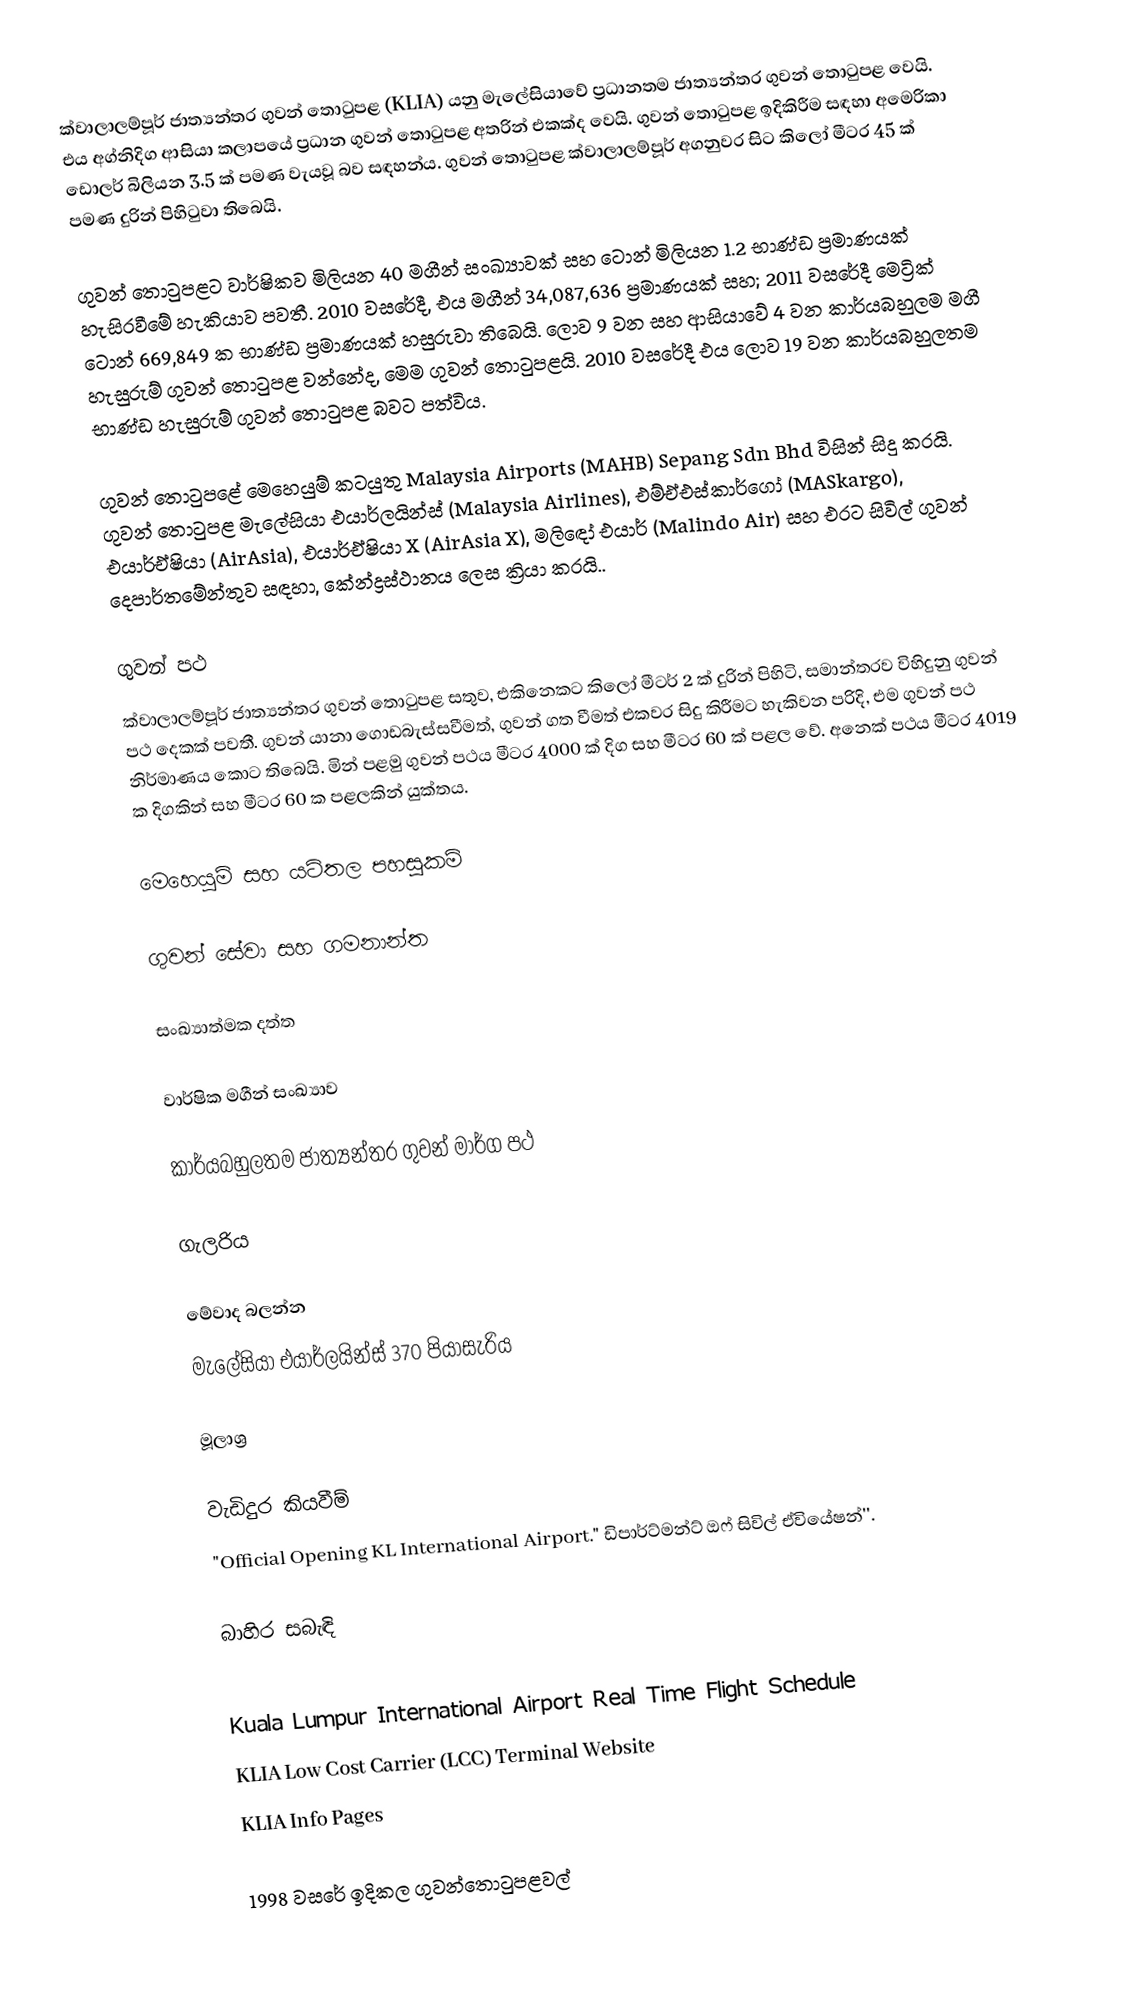
ක්වාලාලම්පූර් ජාත්‍යන්තර ගුවන් තොටුපළ (KLIA) යනු මැලේසියාවේ ප්‍රධානතම ජාත්‍යන්තර ගුවන් තොටුපළ වෙයි. එය අග්නිදිග ආසියා කලාපයේ ප්‍රධාන ගුවන් තොටුපළ අතරින් එකක්ද වෙයි. ගුවන් තොටුපළ ඉදිකිරීම සඳහා අමෙරිකා ඩොලර් බිලියන 3.5 ක් පමණ වැයවූ බව සඳහන්ය. ගුවන් තොටුපළ ක්වාලාලම්පූර් අගනුවර සිට කිලෝ මීටර 45 ක් පමණ දුරින් පිහිටුවා තිබෙයි.

ගුවන් තොටුපළට වාර්ෂිකව මිලියන 40 මගීන් සංඛ්‍යාවක් සහ ටොන් මිලියන 1.2 භාණ්ඩ ප්‍රමාණයක් හැසිරවීමේ හැකියාව පවතී. 2010 වසරේදී, එය මගීන් 34,087,636 ප්‍රමාණයක් සහ; 2011 වසරේදී මෙට්‍රික් ටොන් 669,849 ක භාණ්ඩ ප්‍රමාණයක් හසුරුවා තිබෙයි. ලොව 9 වන සහ ආසියාවේ 4 වන කාර්යබහුලම මගී හැසුරුම් ගුවන් තොටුපළ වන්නේද, මෙම ගුවන් තොටුපළයි. 2010 වසරේදී එය ලොව 19 වන කාර්යබහුලතම භාණ්ඩ හැසුරුම් ගුවන් තොටුපළ බවට පත්විය.

ගුවන් තොටුපළේ මෙහෙයුම් කටයුතු Malaysia Airports (MAHB) Sepang Sdn Bhd විසින් සිදු කරයි. ගුවන් තොටුපළ මැලේසියා එයාර්ලයින්ස් (Malaysia Airlines), එම්ඒඑස්කාර්ගෝ (MASkargo), එයාර්ඒෂියා (AirAsia), එයාර්ඒෂියා X (AirAsia X), මලිඳෝ එයාර් (Malindo Air) සහ එරට සිවිල් ගුවන් දෙපාර්තමේන්තුව සඳහා, කේන්ද්‍රස්ථානය ලෙස ක්‍රියා කරයි..

ගුවන් පථ
ක්වාලාලම්පූර් ජාත්‍යන්තර ගුවන් තොටුපළ සතුව, එකිනෙකට කිලෝ මීටර් 2 ක් දුරින් පිහිටි, සමාන්තරව විහිදුනු ගුවන් පථ දෙකක් පවතී. ගුවන් යානා ගොඩබැස්සවීමත්, ගුවන් ගත වීමත් එකවර සිදු කිරීමට හැකිවන පරිදි, එම ගුවන් පථ නිර්මාණය කොට තිබෙයි. මින් පළමු ගුවන් පථය මීටර 4000 ක් දිග සහ මීටර 60 ක් පළල වේ. අනෙක් පථය මීටර 4019 ක දිගකින් සහ මීටර 60 ක පළලකින් යුක්තය.

මෙහෙයුම් සහ යටිතල පහසුකම්

ගුවන් සේවා සහ ගමනාන්ත

සංඛ්‍යාත්මක දත්ත

වාර්ෂික මගීන් සංඛ්‍යාව

කාර්යබහුලතම ජාත්‍යන්තර ගුවන් මාර්ග පථ

ගැලරිය

මේවාද බලන්න
මැලේසියා එයාර්ලයින්ස් 370 පියාසැරිය

මූලාශ්‍ර

වැඩිදුර කියවීම්
 "Official Opening KL International Airport." ඩිපාර්ට්මන්ට් ඔෆ් සිවිල් ඒවියේෂන්''.

බාහිර සබැඳි

 Kuala Lumpur International Airport Real Time Flight Schedule
 KLIA Low Cost Carrier (LCC) Terminal Website
 KLIA Info Pages

1998 වසරේ ඉදිකල ගුවන්තොටුපළවල්